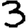
Digit: 3